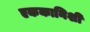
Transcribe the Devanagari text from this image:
एककानिशी